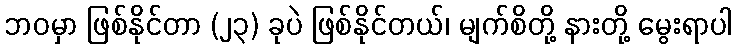
ဘဝမှာ ဖြစ်နိုင်တာ (၂၃) ခုပဲ ဖြစ်နိုင်တယ်၊ မျက်စိတို့ နားတို့ မွေးရာပါ